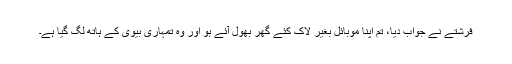
فرشتے نے جواب دیا، تم اپنا موبائل بغیر لاک کئے گھر بھول آئے ہو اور وہ تمہاری بیوی کے ہاتھ لگ گیا ہے۔